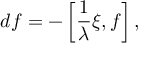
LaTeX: d f = - \left[ \frac { 1 } { \lambda } \xi , f \right] , ~ ~ ~